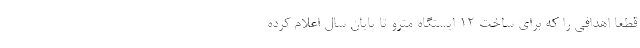
قطعا اهدافی را که برای ساخت ۱۲ ایستگاه مترو تا پایان سال اعلام کرده